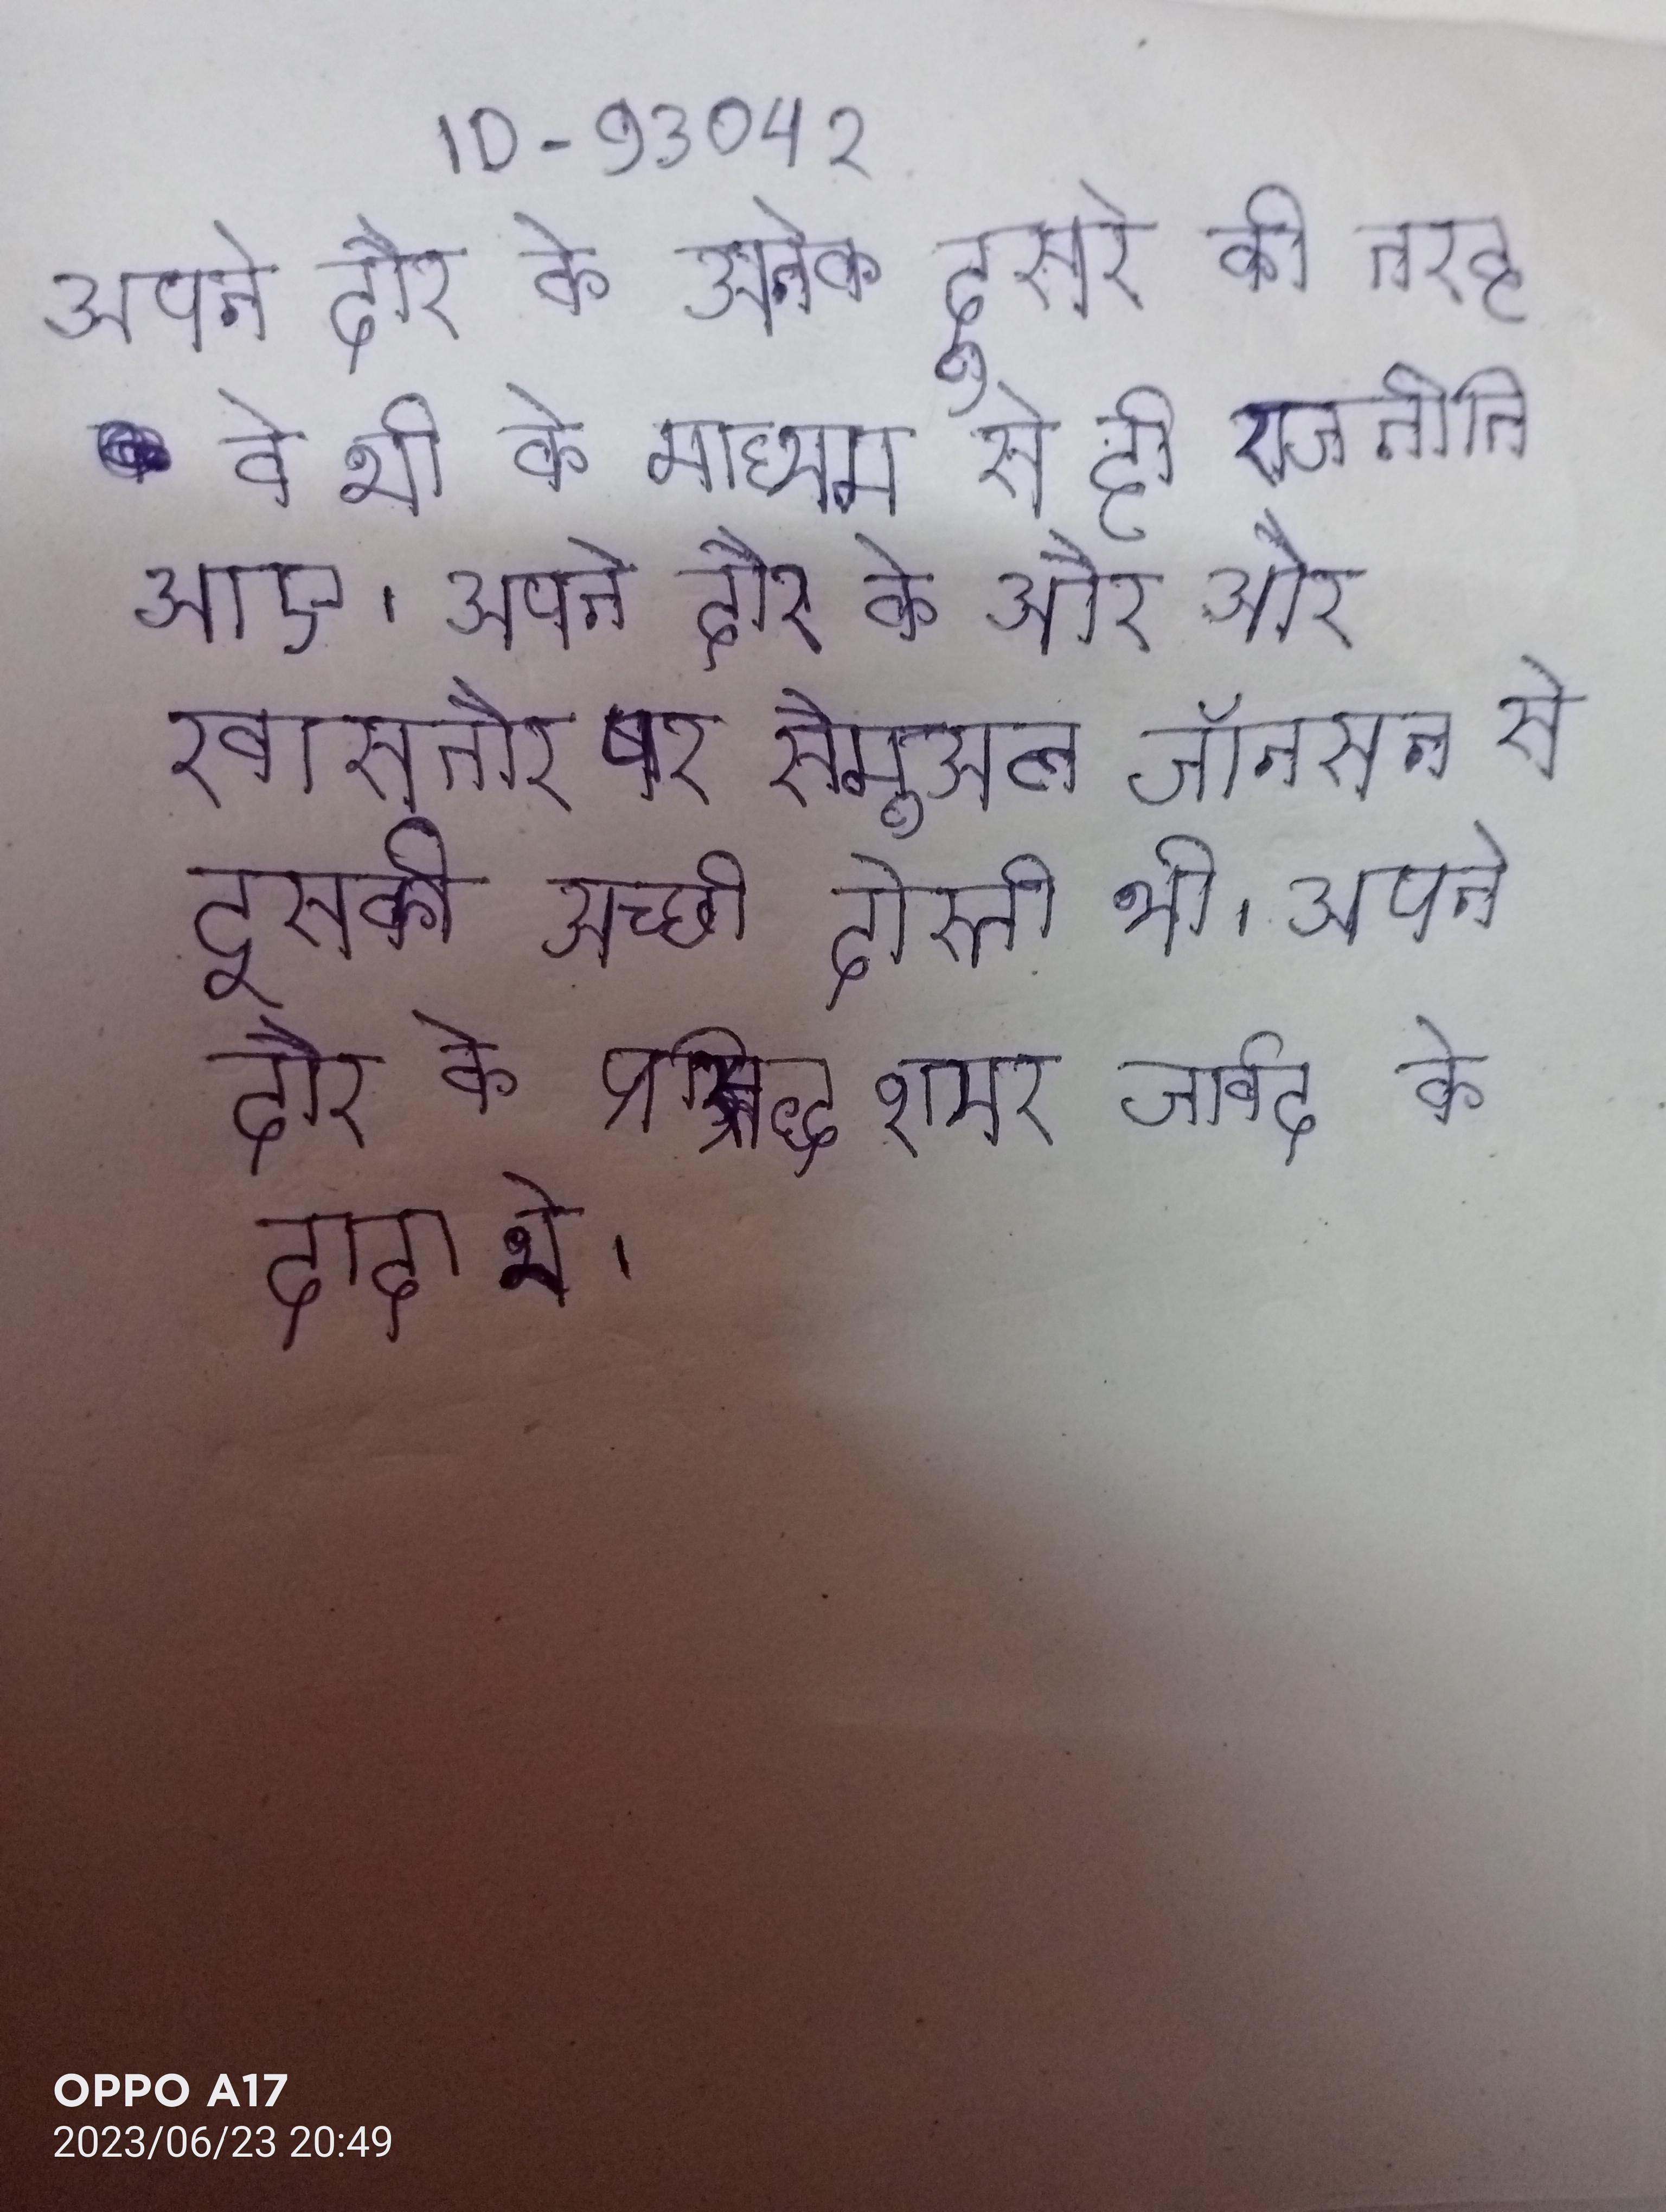
अपने दौर के अनेक दूसरे की तरह वे भी के माध्यम से ही राजनीति आए । अपने दौर के और और खासतौर पर सैमुअल जॉनसन से इसकी अच्छी दोस्ती थी । अपने दौर के प्रसिद्ध शायर जावेद के दादा थे ।